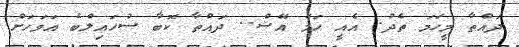
ދައްތާ މީހަމަ ތެދު. އެއީ ހަމަ އޭޝް.. ދައްތާ ކޮބާ ސުހައިލްބެ އަވަހަށް